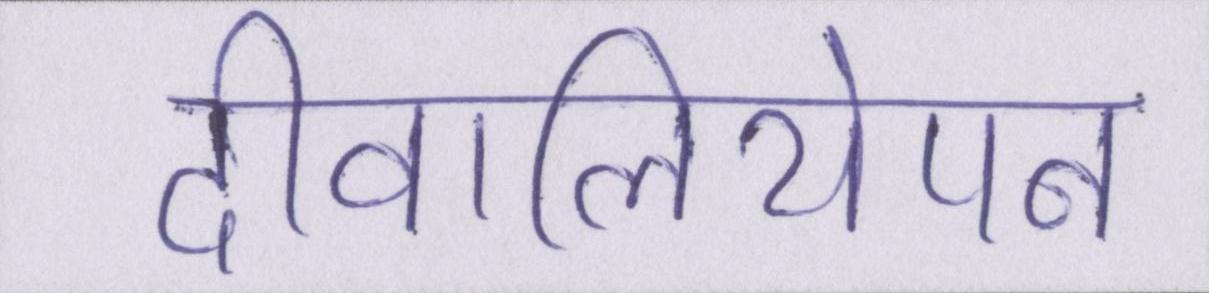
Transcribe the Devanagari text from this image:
दीवालियेपन